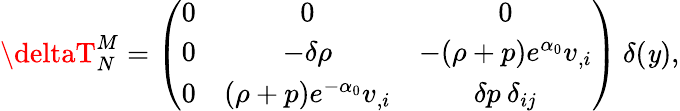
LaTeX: \deltaT_{N}^{M}=\left(\begin{array}{ccc}{{0}}&{{0}}&{{0}}\\ {{0}}&{{-\delta\rho}}&{{-(\rho+p)e^{\alpha_{0}}v_{,i}}}\\ {{0}}&{{(\rho+p)e^{-\alpha_{0}}v_{,i}}}&{{\delta p\: \delta_{ij}}}\end{array}\right)\: \delta(\mathit{y}),